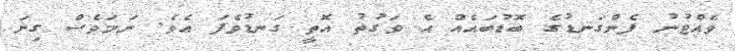
ވެއްޓުނު ފެންގަނޑުގެ ބޮޑުބައެއް އެ ވަގުތު އޮތީ ގަނޑުވެފަ އެވެ. ނަމަވެސް ގިނަ